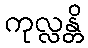
ကုလ္လန္တိ